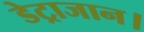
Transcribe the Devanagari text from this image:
डेट्राजान।